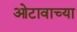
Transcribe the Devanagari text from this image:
ओटावाच्या